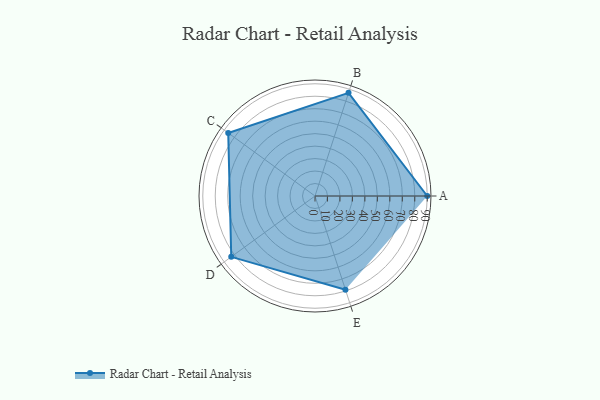
{"axis": {"x": "Skill", "y": "Score"}, "legend": ["Profile"], "data": [{"x": "A", "y": 90.0, "type": "Profile"}, {"x": "B", "y": 87.0, "type": "Profile"}, {"x": "C", "y": 86.0, "type": "Profile"}, {"x": "D", "y": 83.0, "type": "Profile"}, {"x": "E", "y": 79.0, "type": "Profile"}]}